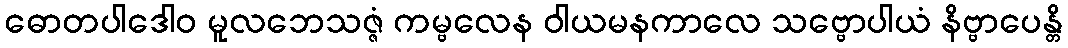
ဓောတပါဒေါဝ မူလဘေသဇ္ဇံ ကမ္ဗလေန ဝါယမနကာလေ သဗ္ဗောပါယံ နိဗ္ဗာပေန္တိ